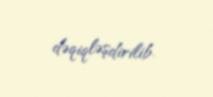
dəqiqləşdirilib.